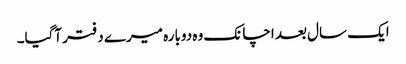
ایک سال بعد اچانک وہ دوبارہ میرے دفتر آگیا۔